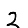
Digit: 2